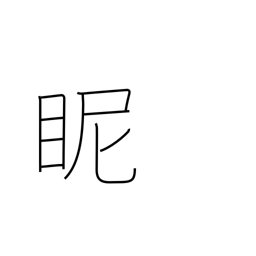
Meaning: gaze at